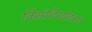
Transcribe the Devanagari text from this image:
निसंधिग्दीकरण